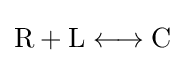
{{\text{R}}{}+{}{\text{L}}{}\mathrel {\longleftrightarrow } {}{\text{C}}}